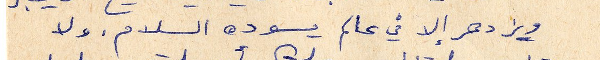
ويزدهر إلا في عالم يسوده السلام. ولا